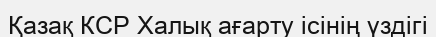
Қазақ КСР Халық ағарту ісінің үздігі